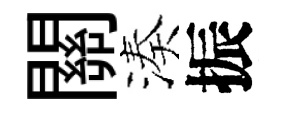
關湊振